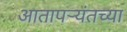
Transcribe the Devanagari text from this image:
आतापर्‍यंतच्या